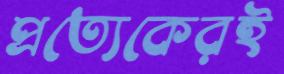
প্রত্যেকেরই